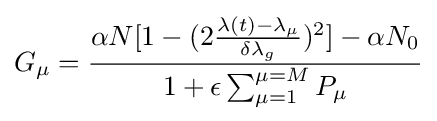
G_{\mu }={\frac {\alpha N[1-(2{\frac {\lambda (t)-\lambda _{\mu }}{\delta \lambda _{g}}})^{2}]-\alpha N_{0}}{1+\epsilon \sum _{\mu =1}^{\mu =M}P_{\mu }}}